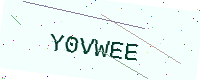
Text: Y0VWEE